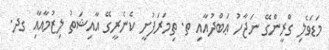
މަޑަވެލި ގްރީންގޭ ނަޖާހު ޢަބްދުއާއި ތ. ތިމަރަފުށީ ކެނެރީގޭ އާއިޝަތު ލިޒުމާއާއި ގދ.